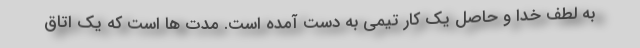
به لطف خدا و حاصل یک کار تیمی به دست آمده است. مدت ها است که یک اتاق